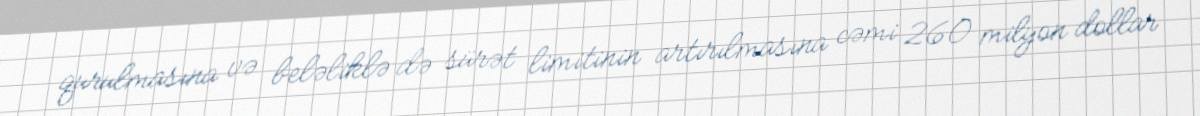
qurulmasına və beləliklə də sürət limitinin artırılmasına cəmi 260 milyon dollar